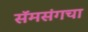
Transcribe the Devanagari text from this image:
सॅमसंगचा